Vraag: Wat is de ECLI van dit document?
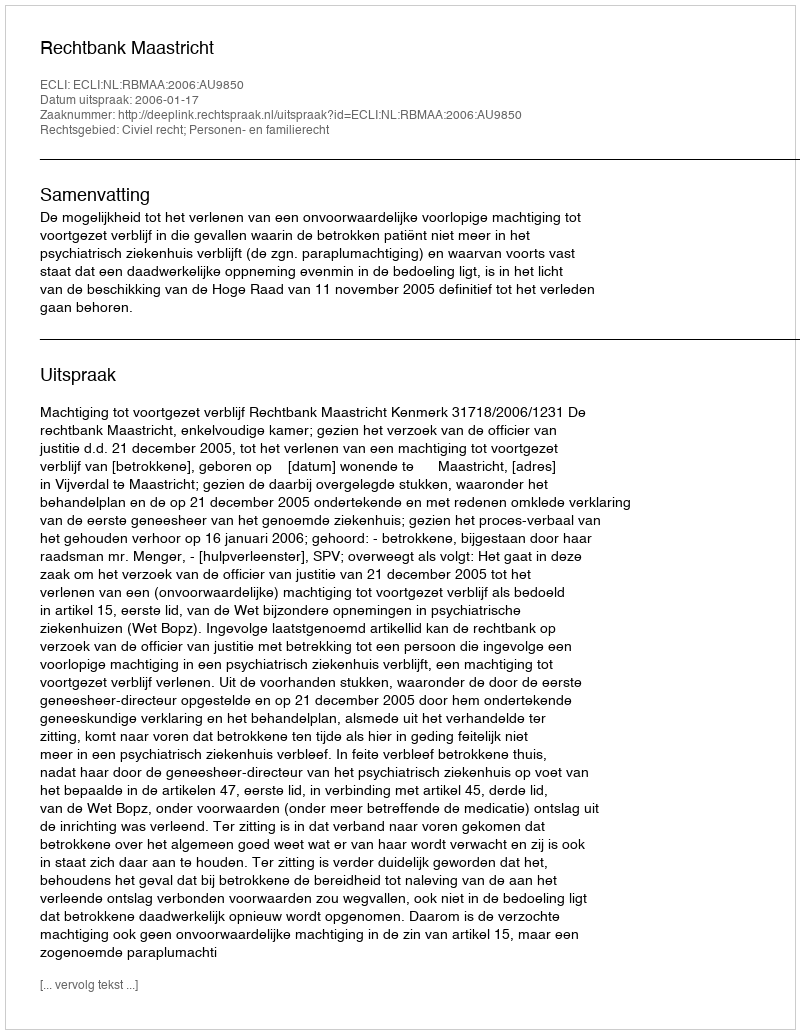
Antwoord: ECLI:NL:RBMAA:2006:AU9850